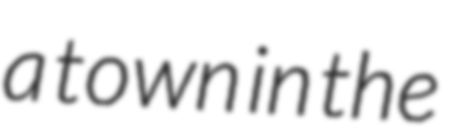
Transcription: a town in the